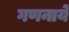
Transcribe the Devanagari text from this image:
गणनाये